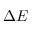
\Delta E